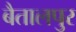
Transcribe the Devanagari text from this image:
बैतालपुर